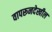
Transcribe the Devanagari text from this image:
वापरूनदेखील